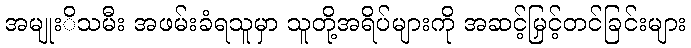
အမျုးိသမီး အဖမ်းခံရသူမှာ သူတို့အရိပ်များကို အဆင့်မြှင့်တင်ခြင်းများ